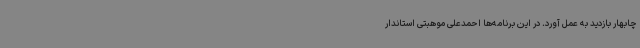
چابهار بازدید به عمل آورد. در این برنامه‌ها احمدعلی موهبتی استاندار